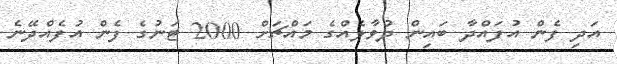
އަދި ފެން އުފައްދާ ބައިން ދުވާލެއްގެ މައްޗަށް 2000 ޓަނުގެ ފެން އުފެއްދޭނެ